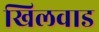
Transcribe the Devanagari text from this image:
खिलवाड